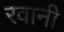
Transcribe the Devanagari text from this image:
रवानी